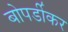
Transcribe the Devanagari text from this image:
बोपर्डीकर